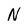
Character: N